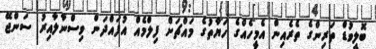
ބޮލީވުޑް ތަރިންގެ ތެރެއިން އެމީހެއްގެ ހަޔާތުގެ މައްޗަށް ފިލްމެއް އުފައްދަން ވިސްނާލާއިރު ސަންޖޭ